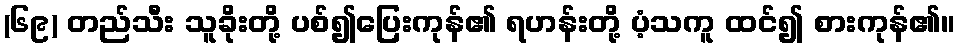
(၆၉) တည်သီး သူခိုးတို့ ပစ်၍ပြေးကုန်၏ ရဟန်းတို့ ပံ့သကူ ထင်၍ စားကုန်၏။